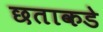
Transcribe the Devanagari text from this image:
छताकडे